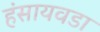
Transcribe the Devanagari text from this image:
हंसायवडा